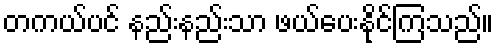
တကယ်ပင် နည်းနည်းသာ ဖယ်ပေးနိုင်ကြသည်။